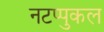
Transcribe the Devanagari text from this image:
नटप्पुकल